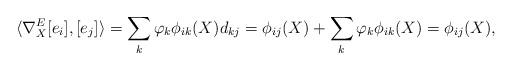
LaTeX: \begin{align*} \langle\nabla^E_X[e_i],[e_j]\rangle=\sum_k \varphi_k\phi_{ik}(X)d_{kj}=\phi_{ij}(X)+\sum_k \varphi_k\phi_{ik}(X)=\phi_{ij}(X), \end{align*}